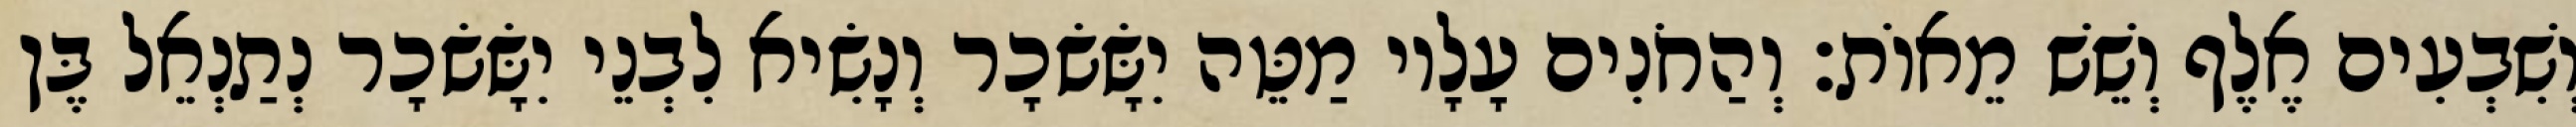
וְשִׁבְעִים אֶלֶף וְשֵׁשׁ מֵאוֹת׃ וְהַחֹנִים עָלָיו מַטֵּה יִשָּׂשׂכָר וְנָשִׂיא לִבְנֵי יִשָּׂשׂכָר נְתַנְאֵל בֶּן